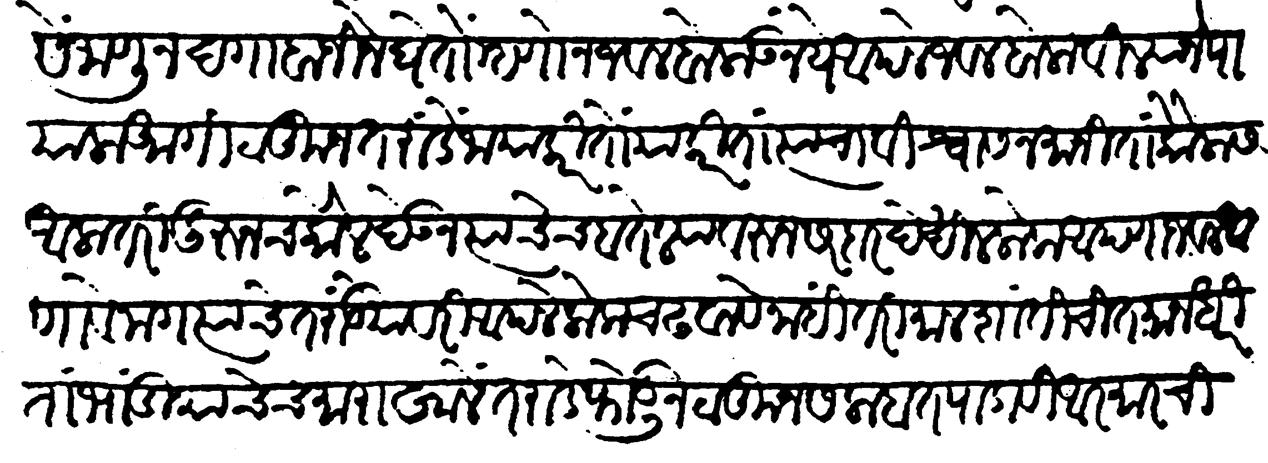
Transliteration (Devanagari): यैसें जाणून दगाबाजीने घेतो म्हणोन जवळ बोलाऊ नये आपले जवळ बोलाविल्याने पायाला आगी टाकून तरांडे जाया करितो याकरिता त्याचा विश्वास न मानिता कौलास आला तरी दुरुनच कौल देऊन त्याचेच बतेल्यावरुन सरदार देखील लोक आपणाजवळ आणावे मग त्याचे तरांडेयावरी आपले लोक चढवावे नाही तरी माल शांतीची तमा न धरीतां भांडियाचेच माराखालें तराडे फोडून टाकून सलाबत पाडावी आरमारची